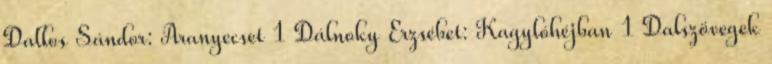
Dallos Sándor: Aranyecset 1 Dálnoky Erzsébet: Kagylóhéjban 1 Dalszövegek